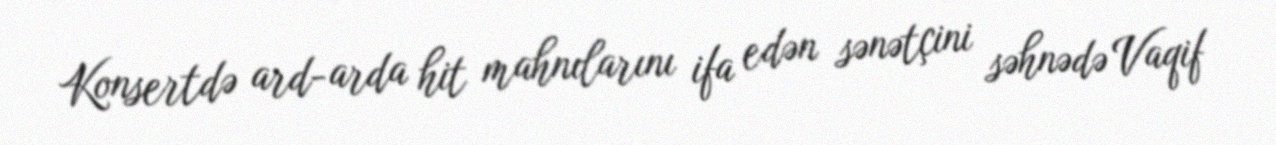
Konsertdə ard-arda hit mahnılarını ifa edən sənətçini səhnədə Vaqif